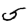
Digit: 5